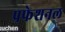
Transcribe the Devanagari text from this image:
प्रफेशनल